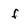
Character: f